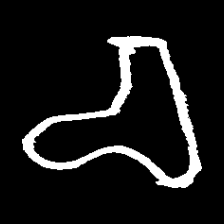
Pyu character \u2014 Myanmar letter: စ (romanized: ca)